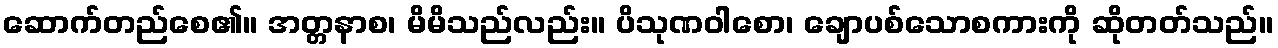
ဆောက်တည်စေ၏။ အတ္တနာစ၊ မိမိသည်လည်း။ ပိသုဏဝါစော၊ ချောပစ်သောစကားကို ဆိုတတ်သည်။